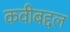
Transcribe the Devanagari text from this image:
कवीबद्दल